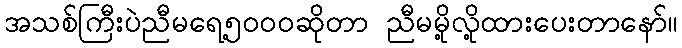
အသစ်ကြီးပဲညီမရေ့၅၀၀၀ဆိုတာ ညီမမို့လို့ထားပေးတာနော်။